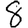
Digit: 8